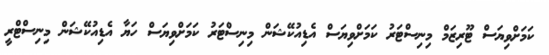
ކަމަށްވިޔަސް ޓޫރިޒަމް މިނިސްޓަރު ކަމަށްވިޔަސް އެޑިއުކޭޝަން މިނިސްޓަރު ކަމަށްވިޔަސް ހަޔާ އެޑިއުކޭޝަން މިނިސްޓްރީ